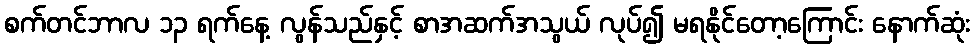
စက်တင်ဘာလ ၁၃ ရက်နေ့ လွန်သည်နှင့် စာအဆက်အသွယ် လုပ်၍ မရနိုင်တော့ကြောင်း နောက်ဆုံး